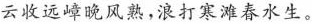
云收远嶂晚风熟，浪打寒滩春水生。